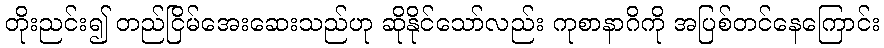
တိုးညင်း၍ တည်ငြိမ်အေးဆေးသည်ဟု ဆိုနိုင်သော်လည်း ကုစာနာဂိကို အပြစ်တင်နေကြောင်း